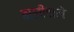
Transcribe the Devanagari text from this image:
बालीवाले